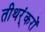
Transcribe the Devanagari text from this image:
तीथर्ंकरों